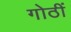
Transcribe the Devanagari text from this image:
गोठीं